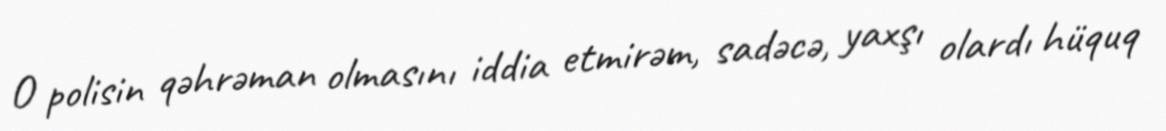
O polisin qəhrəman olmasını iddia etmirəm, sadəcə, yaxşı olardı hüquq